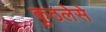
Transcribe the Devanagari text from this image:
कुठलेसे